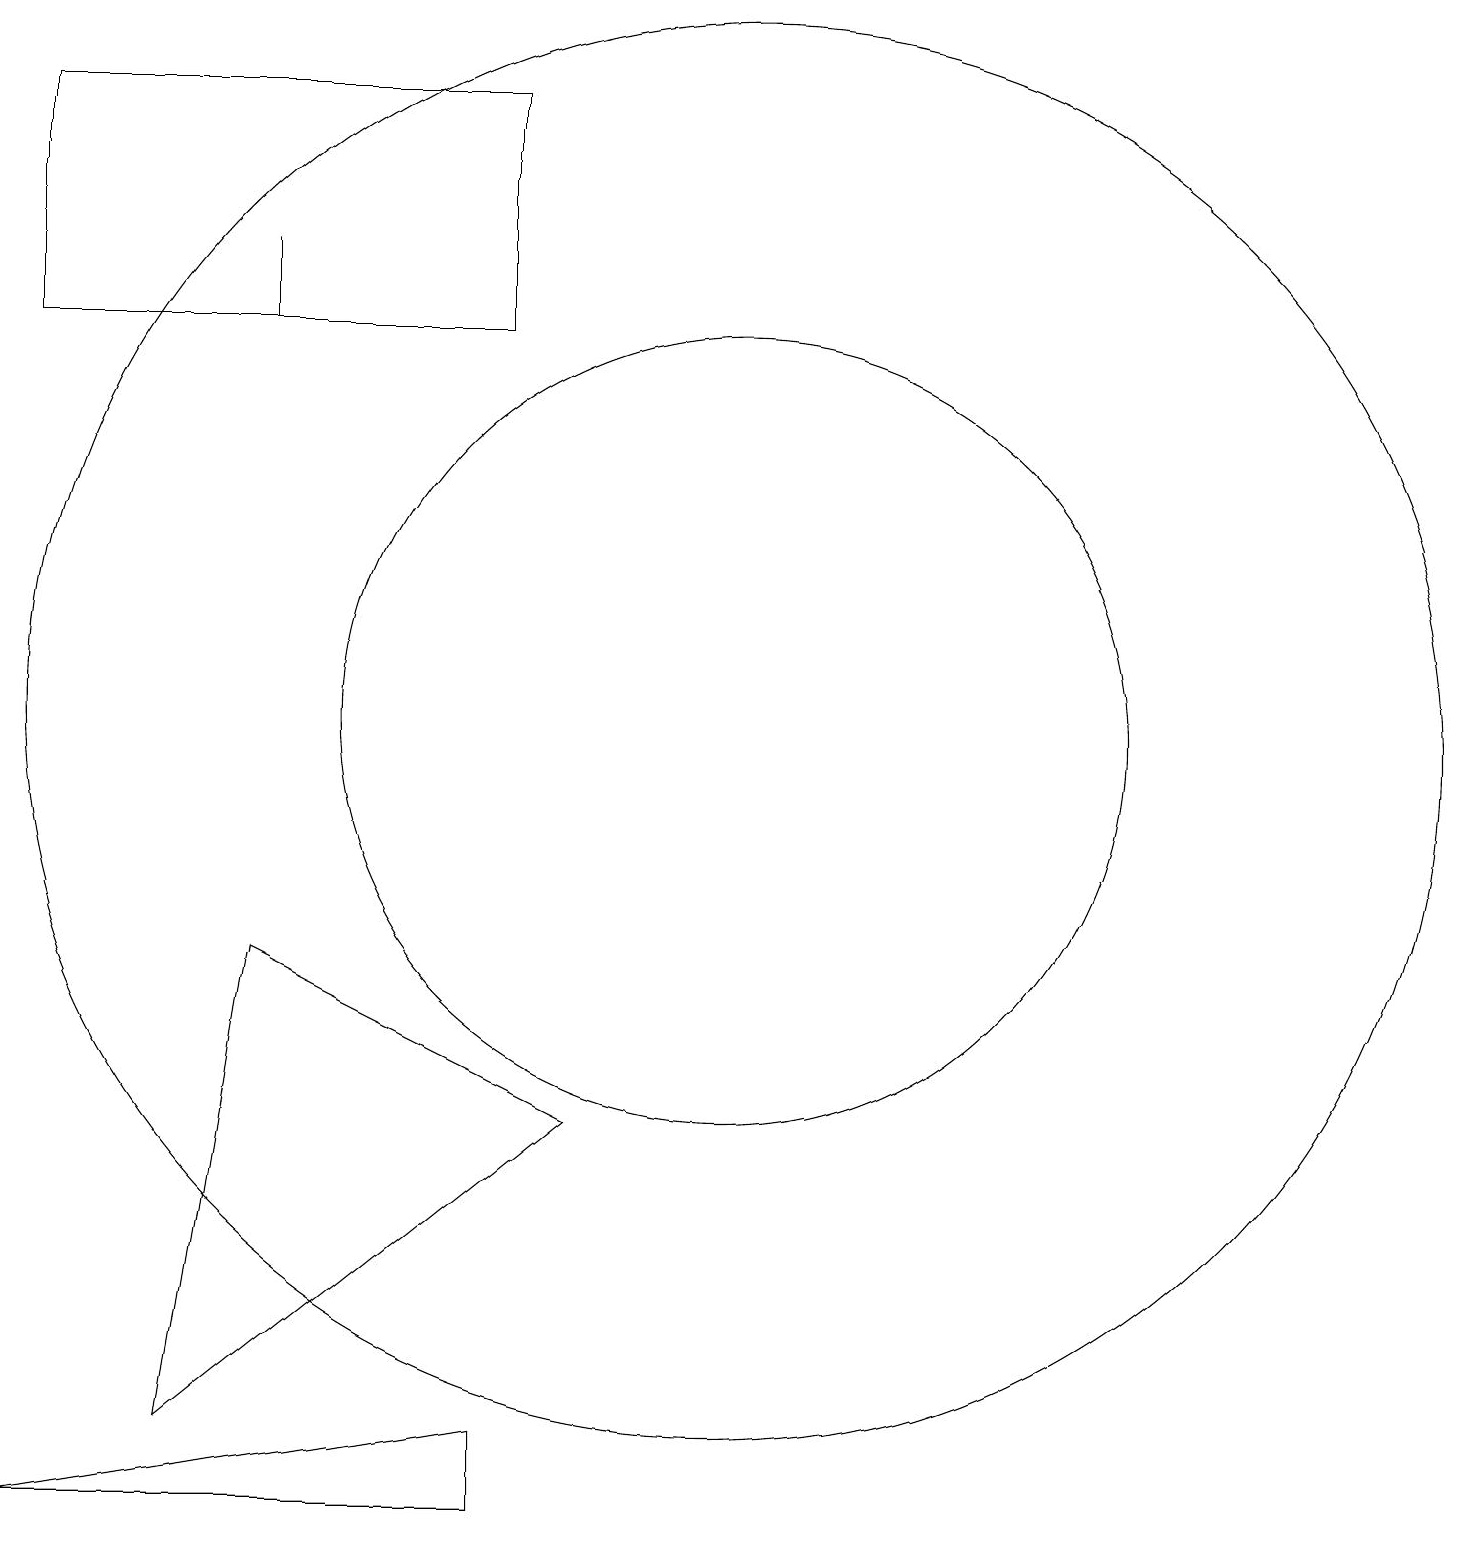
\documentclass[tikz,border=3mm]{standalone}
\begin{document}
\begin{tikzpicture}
\draw (10,11) circle (9);
\draw (1,1) -- (7,1) -- (7,2) -- cycle;
\draw (8,6) -- (4,8) -- (3,2) -- cycle;
\draw (1,16) rectangle (7,19);
\draw (10,11) circle (5);
\draw (4,17) rectangle (4,16);
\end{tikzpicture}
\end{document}